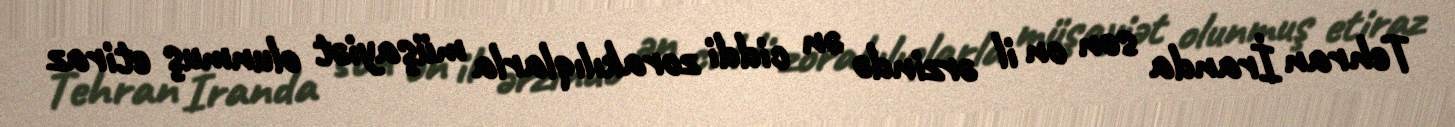
Tehran İranda son on il ərzində ən ciddi zorakılıqlarla müşayiət olunmuş etiraz